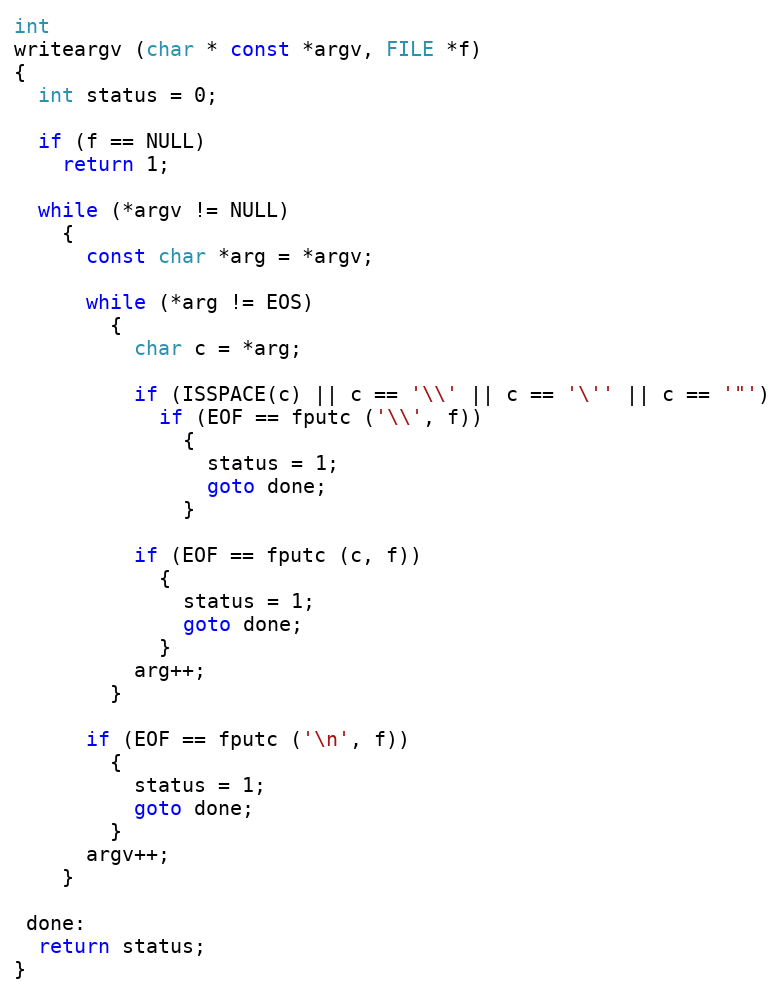
Language: C
int
writeargv (char * const *argv, FILE *f)
{
  int status = 0;

  if (f == NULL)
    return 1;

  while (*argv != NULL)
    {
      const char *arg = *argv;

      while (*arg != EOS)
        {
          char c = *arg;

          if (ISSPACE(c) || c == '\\' || c == '\'' || c == '"')
            if (EOF == fputc ('\\', f))
              {
                status = 1;
                goto done;
              }

          if (EOF == fputc (c, f))
            {
              status = 1;
              goto done;
            }
          arg++;
        }

      if (EOF == fputc ('\n', f))
        {
          status = 1;
          goto done;
        }
      argv++;
    }

 done:
  return status;
}